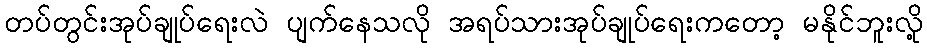
တပ်တွင်းအုပ်ချုပ်ရေးလဲ ပျက်နေသလို အရပ်သားအုပ်ချုပ်ရေးကတော့ မနိုင်ဘူးလို့